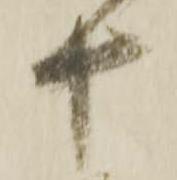
十